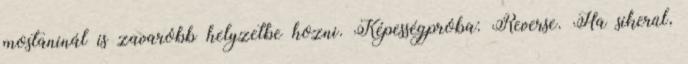
mostaninál is zavaróbb helyzetbe hozni. Képességpróba: Reverse. Ha sikerül,